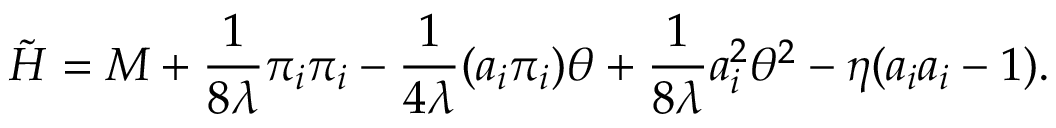
\tilde { H } = M + \frac { 1 } { 8 \lambda } \pi _ { i } \pi _ { i } - \frac { 1 } { 4 \lambda } ( a _ { i } \pi _ { i } ) \theta + \frac { 1 } { 8 \lambda } a _ { i } ^ { 2 } \theta ^ { 2 } - \eta ( a _ { i } a _ { i } - 1 ) .